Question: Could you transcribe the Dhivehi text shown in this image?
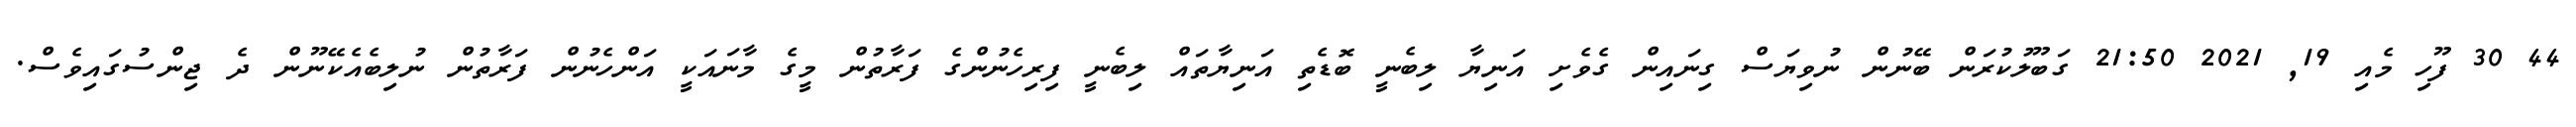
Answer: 44 30 ފޫހި މެއި 19, 2021 21:50 ގަބޫލުކުރަން ބޭނުން ނުވިޔަސް ގިނައިން ގެވެށި އަނިޔާ ލިބެނީ ބޮޑެތި އަނިޔާތައް ލިބެނީ ފިރިހެނުންގެ ފަރާތުން މީގެ މާނައަކީ އަންހެނުން ފަރާތުން ނުލިބެއެކޭނޫން ދެ ޖިންސުގައިވެސް.